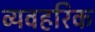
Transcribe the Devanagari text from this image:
व्यवहरिक